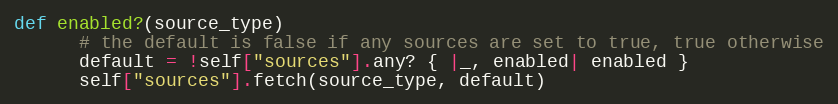
Language: Ruby
def enabled?(source_type)
      # the default is false if any sources are set to true, true otherwise
      default = !self["sources"].any? { |_, enabled| enabled }
      self["sources"].fetch(source_type, default)